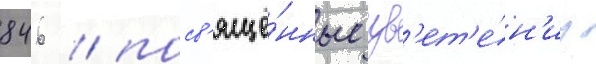
846 / посв'ящё́нные цв'ет'е́н'иу